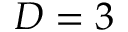
D = 3